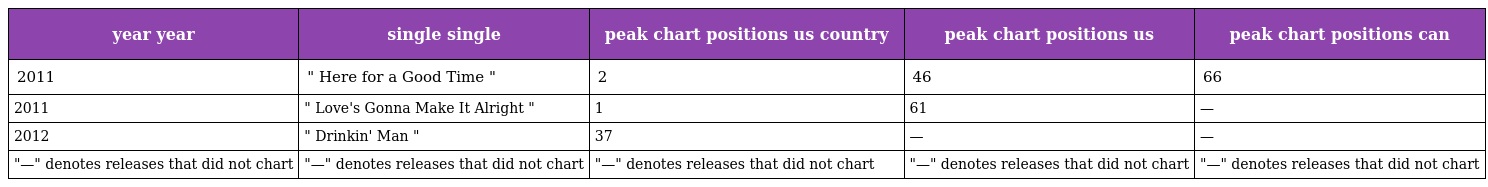
| year year | single single | peak chart positions us country | peak chart positions us | peak chart positions can |
 | --- | --- | --- | --- | --- |
 | 2011 | " Here for a Good Time " | 2 | 46 | 66 |
 | 2011 | " Love's Gonna Make It Alright " | 1 | 61 | — |
 | 2012 | " Drinkin' Man " | 37 | — | — |
 | "—" denotes releases that did not chart | "—" denotes releases that did not chart | "—" denotes releases that did not chart | "—" denotes releases that did not chart | "—" denotes releases that did not chart |